Civil Veterinary Dept. Bombay admin report 1923-31 - 1923-1931
Year: 1923
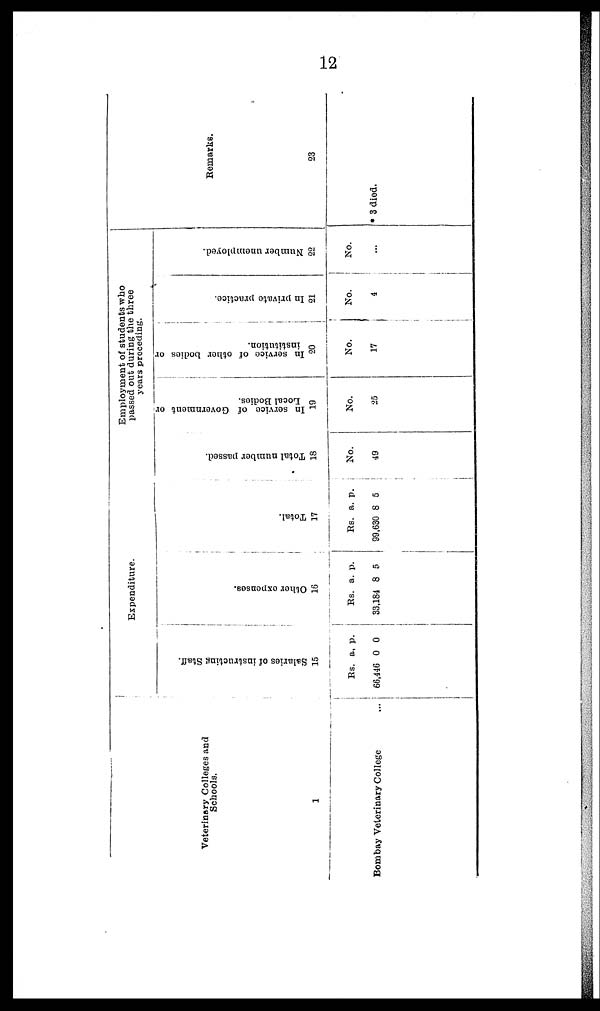
12
Veterinary Colleges and
Schools.
1
Bombay Veterinary College ...
Expenditure.
Salaries of i
ns t
r uct i
ng St af f .
1
Rs.
66,446
5
a.
0
p.
0
Ot he r e xpe ns e s .
1
Rs.
33,184
6
a.
8
p.
5
Total.
1
Rs.
99,630
7
a.
8
p.
5
Employment of students who
passed out during the three
years preceding.
Total number passed.
18
No.
49
In service of Government or
Local Bodies.
19
No.
25
In service of other bodies or
institution.
20
No.
17
In private practice.
21
No.
4
Number unemployed.
22
No
...
Remarks.
23
* 3 died.